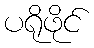
ပရိုဖိုင်